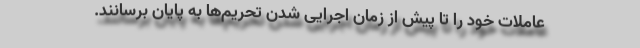
عاملات خود را تا پیش از زمان اجرایی شدن تحریم‌ها به پایان برسانند.